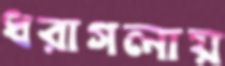
ধরাগলায়